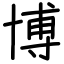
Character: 博